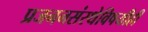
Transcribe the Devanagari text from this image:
प्रजननसंस्थेविषयीही